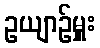
ဥယျာဉ်မှူး